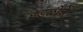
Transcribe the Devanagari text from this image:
हडळीचें